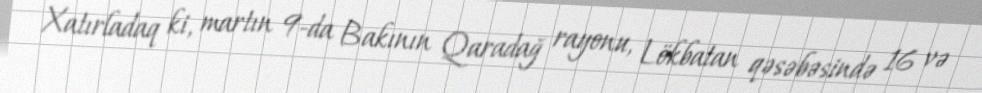
Xatırladaq ki, martın 9-da Bakının Qaradağ rayonu, Lökbatan qəsəbəsində 16 və